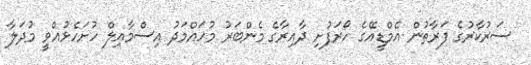
ސަރުކާރުގެ ފަރާތުން އެމްޑީއޭގެ ހޯރަފުށި ދާއިރާގެ މެންބަރު މުހައްމަދު އިސްމާއިލް ހުށަހެޅުއްވީ މުދަލާ